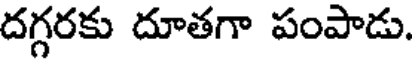
దగ్గరకు దూతగా పంపాడు.